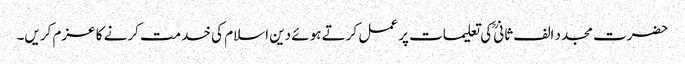
حضرت مجدد الف ثانیؒ کی تعلیمات پر عمل کرتے ہوئے دین اسلام کی خدمت کرنے کا عزم کریں۔